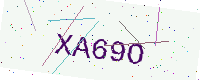
Text: XA69O